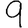
Digit: 9